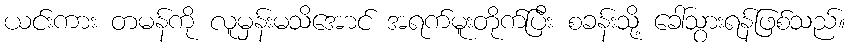
ယင်းကား တမန်ကို လူမှန်းမသိအောင် အရက်မူးတိုက်ပြီး စခန်းသို့ ခေါ်သွားရန်ဖြစ်သည်။